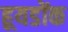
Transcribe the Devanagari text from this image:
हूयडोंक